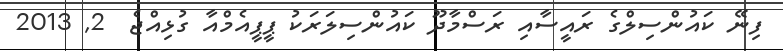
ފިނޭ ކައުންސިލްގެ ރައީސާއި ރަސްމާދޫ ކައުންސިލަރަކު ޕީޕީއެމްއާ ގުޅިއްޖެ  2